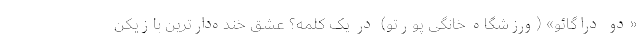
«دو دراگائو» (ورزشگاه خانگی پورتو) در یک کلمه؟ عشق خنده‌دارترین بازیکن